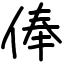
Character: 俸